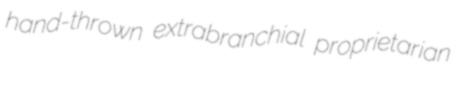
hand-thrown extrabranchial proprietarian